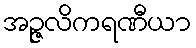
အဉ္ဇလိကရဏီယာ